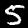
Label: 5